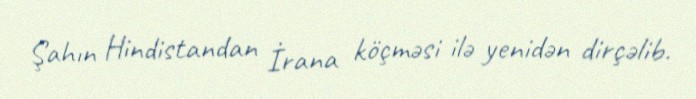
Şahın Hindistandan İrana köçməsi ilə yenidən dirçəlib.